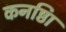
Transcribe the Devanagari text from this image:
कनष्ठाि